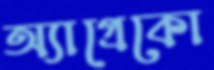
অ্যাগ্রেকো